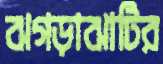
ঝগড়াঝাটির